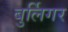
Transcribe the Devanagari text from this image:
बुर्लिगर